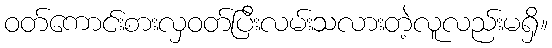
ဝတ်ကောင်းစားလှဝတ်ပြီးလမ်းသလားတဲ့လူလည်းမရှိ။